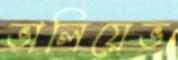
ভালিয়েভ